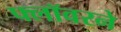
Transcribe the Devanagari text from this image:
फ्लॉवरने